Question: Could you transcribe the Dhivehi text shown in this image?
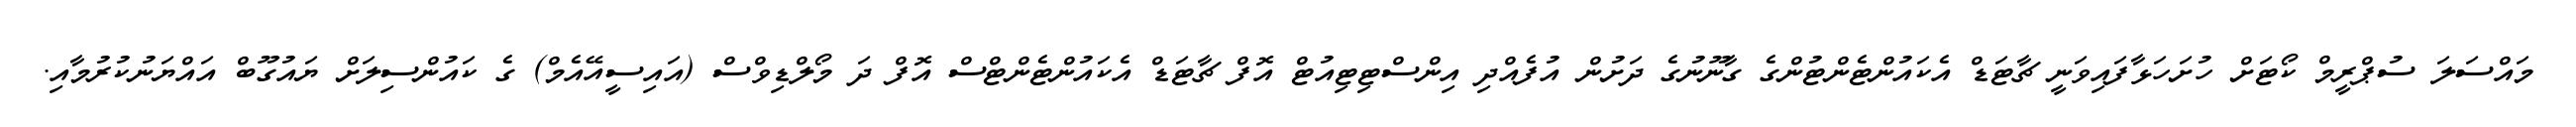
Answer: މައްސަލަ ސުޕްރީމް ކޯޓަށް ހުށަހަޅާފައިވަނީ ޗާޓަޑް އެކައުންޓެންޓުންގެ ގާނޫނުގެ ދަށުން އުފެއްދި އިންސްޓިޓިއުޓް އޮފް ޗާޓަޑް އެކައުންޓެންޓްސް އޮފް ދަ މޯލްޑިވްސް (އައިސީއޭއެމް) ގެ ކައުންސިލަށް ޔައުގޫބް އައްޔަނުކުރުމާއި.